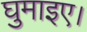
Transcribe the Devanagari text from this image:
घुमाइए।